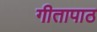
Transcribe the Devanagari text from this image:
गीतापाठ